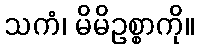
သကံ၊ မိမိဥစ္စာကို။